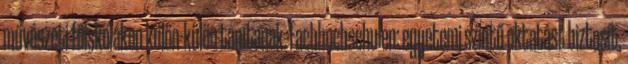
művészeti főiskolákon külön-külön tanítanak. Fachhochschulen: egyetemi szintű oktatást biztosít,